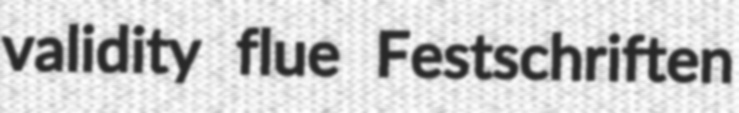
validity flue Festschriften